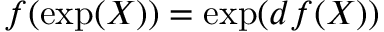
f ( \exp ( X ) ) = \exp ( d f ( X ) )